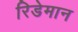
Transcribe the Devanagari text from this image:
रिडेमान